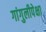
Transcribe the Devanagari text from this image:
गांगुलीपेक्षा